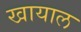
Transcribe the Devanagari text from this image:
खायाल